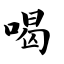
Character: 喝